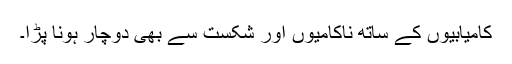
کامیابیوں کے ساتھ ناکامیوں اور شکست سے بھی دوچار ہونا پڑا۔